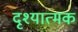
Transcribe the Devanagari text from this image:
दृश्‍यात्‍मक